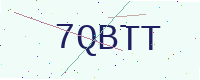
Text: 7QBTT